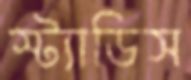
স্ট্যাডিস